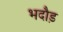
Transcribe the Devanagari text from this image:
भदौड़